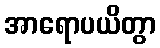
အာရောပယိတွာ